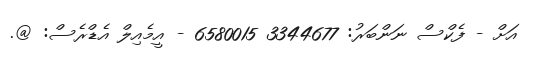
އަށް - ފެކްސް ނަންބަރު: 3344677 6580015 - އީމެއިލް އެޑްރެސް: @.